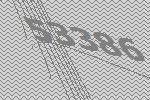
53386